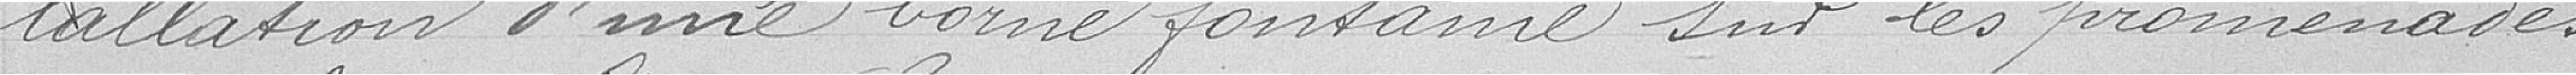
tallation d'une borne fontaine sur les promenades